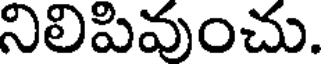
నిలిపివుంచు.